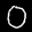
Label: 0